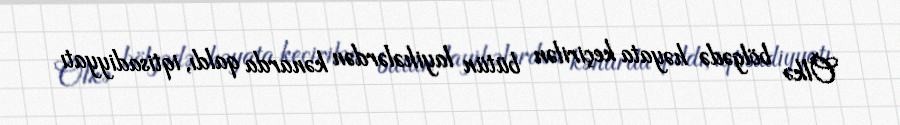
Ölkə bölgədə həyata keçirilən bütün layihələrdən kənarda qaldı, iqtisadiyyatı